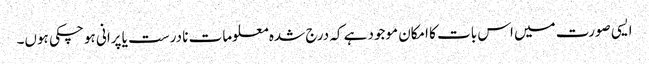
ایسی صورت میں اس بات کا امکان موجود ہے کہ درج شدہ معلومات نا درست یا پرانی ہو چکی ہوں۔